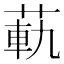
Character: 𦳛